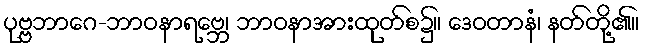
ပုဗ္ဗဘာဂေ-ဘာဝနာရဗ္ဘေ၊ ဘာဝနာအားထုတ်စ၌။ ဒေဝတာနံ၊ နတ်တို့၏။